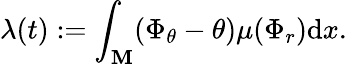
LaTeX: \lambda(t):=\int_{\mathbf{M}}(\Phi_{\theta}-\theta)\mu(\Phi_{r})\mathrm{{d}}x.